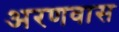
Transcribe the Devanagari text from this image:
अरणवास